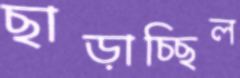
ছাড়াচ্ছিল